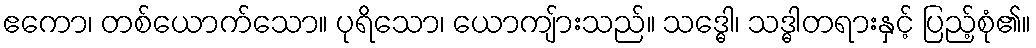
ဧကော၊ တစ်ယောက်သော။ ပုရိသော၊ ယောကျ်ားသည်။ သဒ္ဓေါ၊ သဒ္ဓါတရားနှင့် ပြည့်စုံ၏။